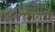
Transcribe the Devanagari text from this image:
लिएज्यादा